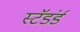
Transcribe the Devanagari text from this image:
स्टॅडंर्ड